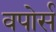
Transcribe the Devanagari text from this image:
वपोर्स